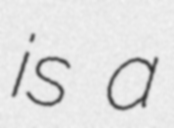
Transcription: is a